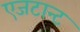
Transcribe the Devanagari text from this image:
एजटान्ट